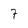
Character: 7